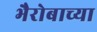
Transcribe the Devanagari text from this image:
भैरोबाच्या